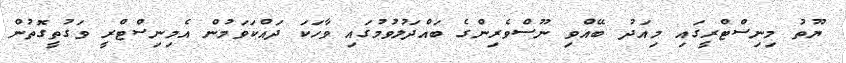
ޔޫތު މިނިސްޓްރީގައި މިއަދު ބޭއްވި ނޫސްވެރިންގެ ބައްދަލުވުމުގައި ވާހަކަ ދައްކަވަމުން އެމިނިސްޓްރީ ވަގުތީގޮތުން